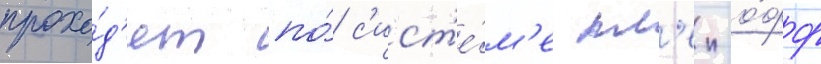
прохо́д'ят по́ с'ист'е́м'е пл'еи-о́фф